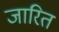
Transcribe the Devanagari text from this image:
जारित